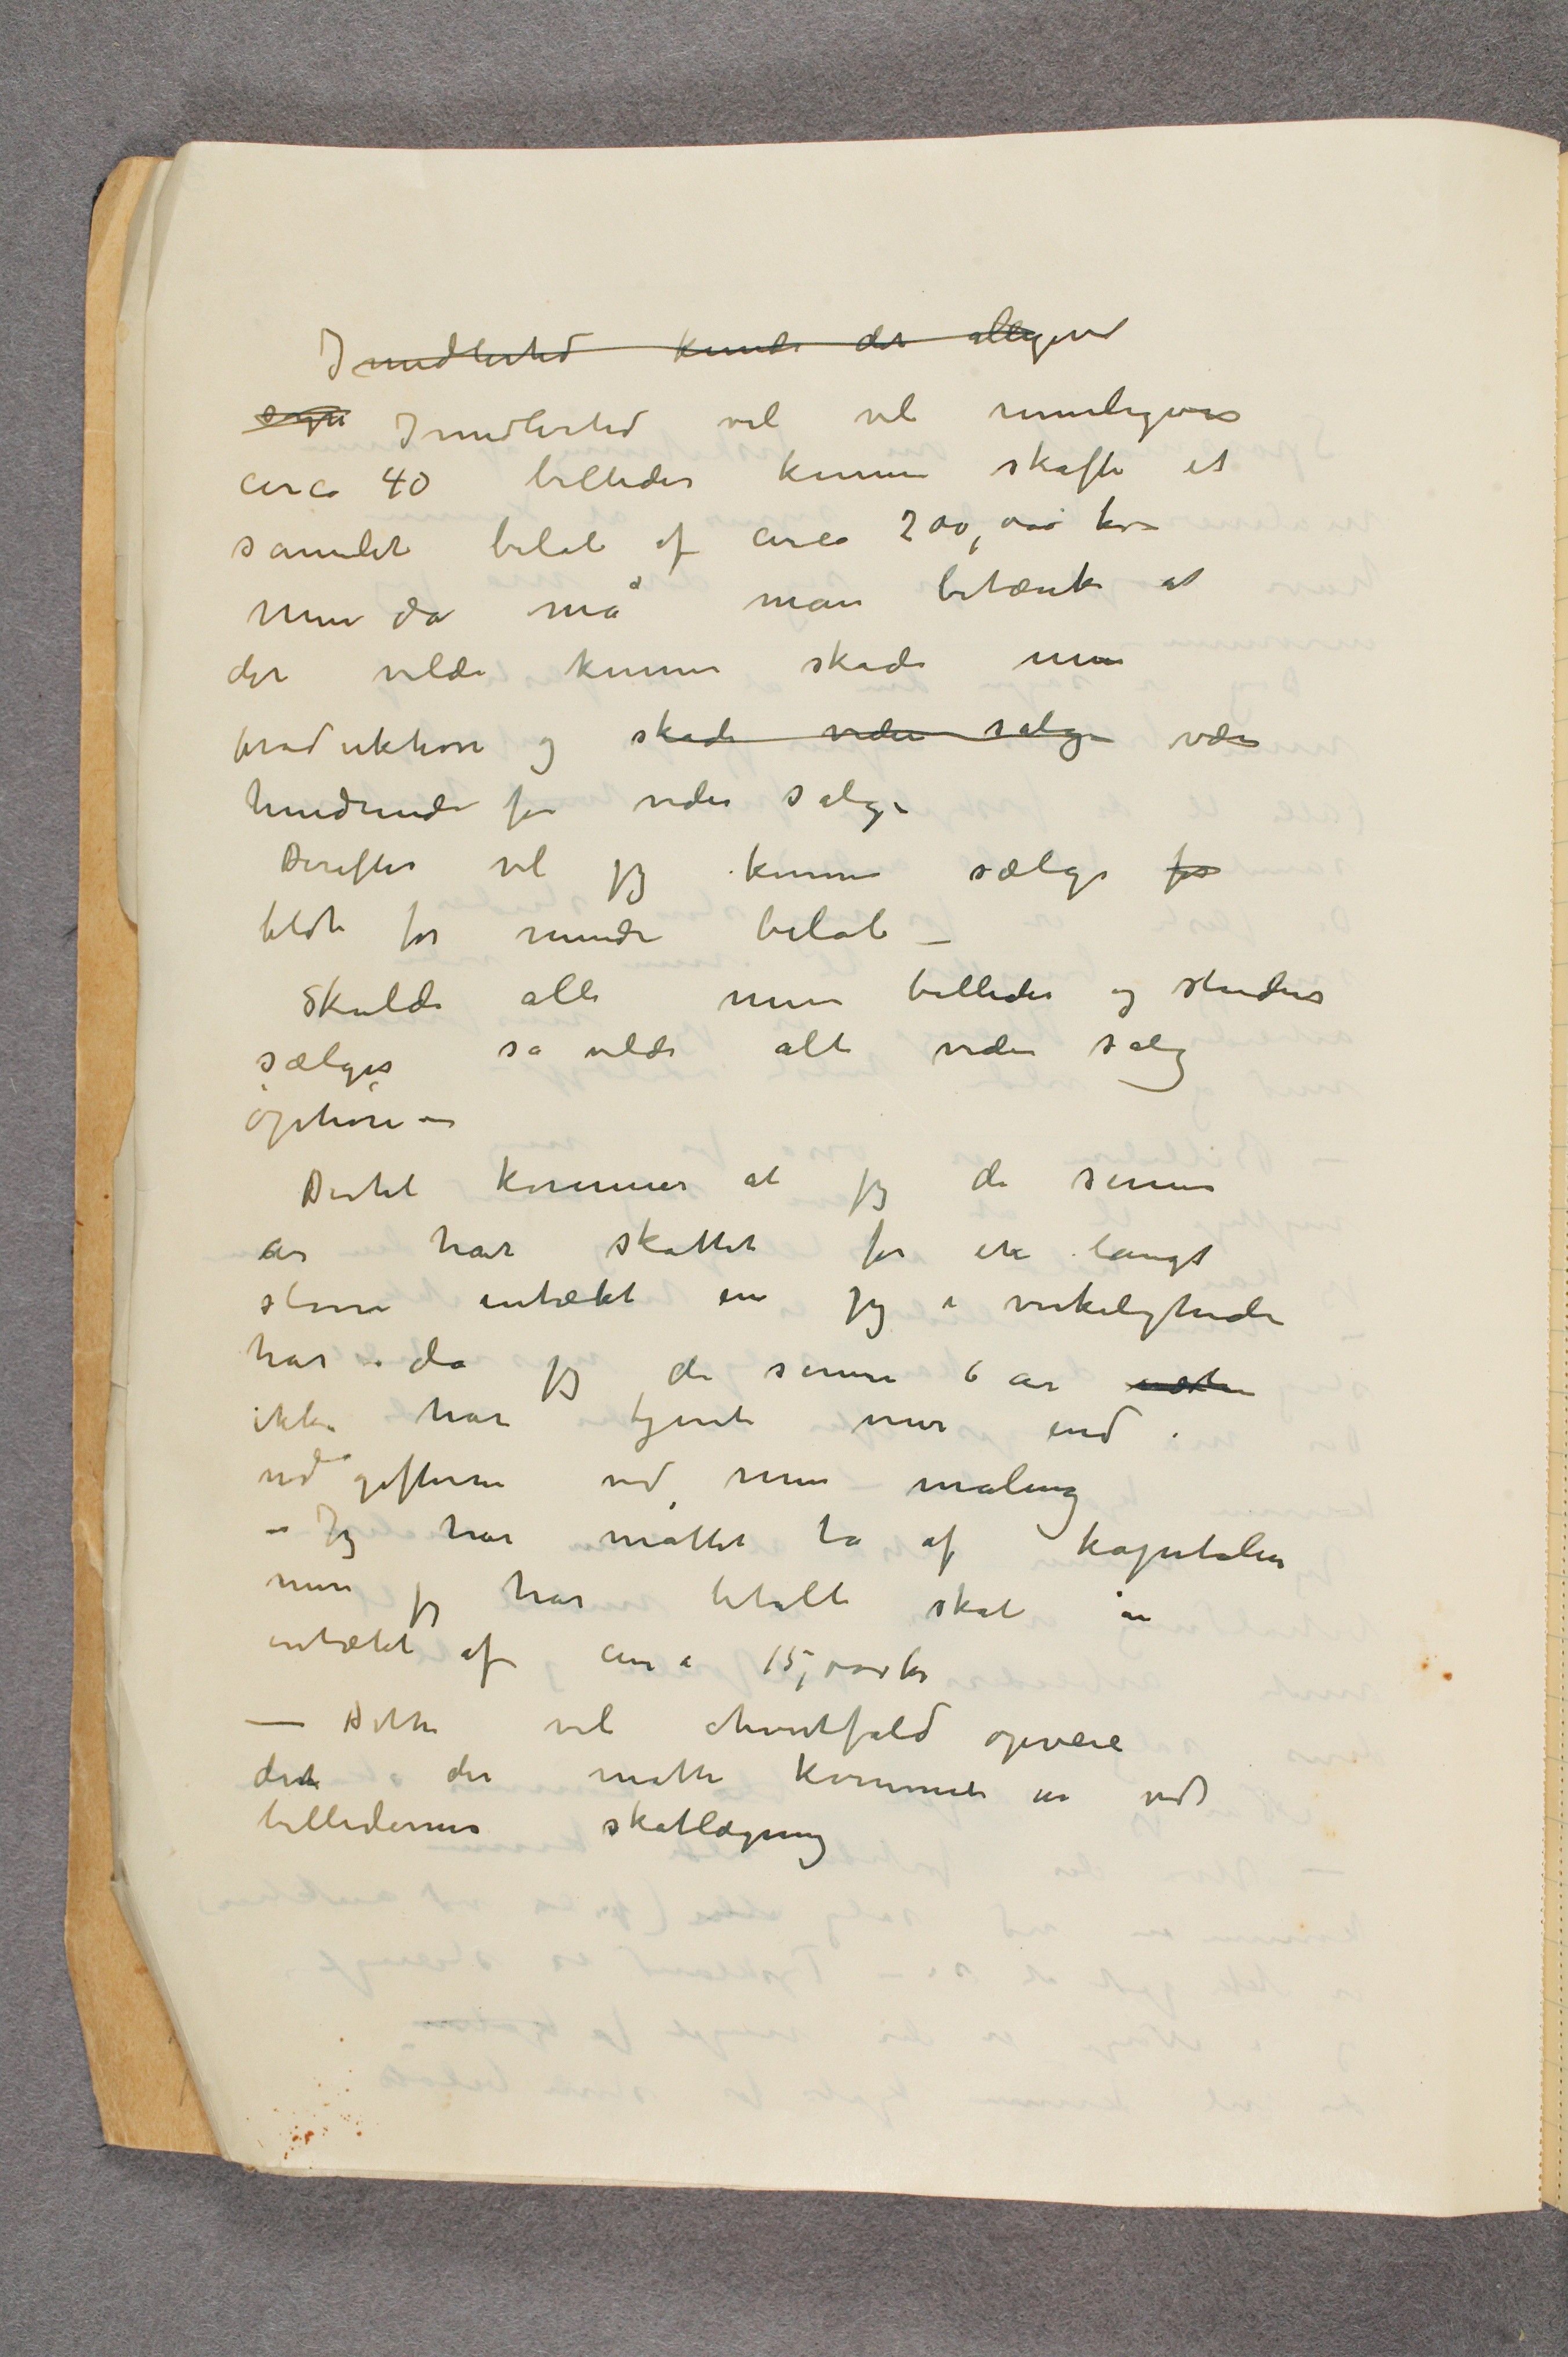
Imidlertid kunde der alligevel
syn Imidlertid vil vel rimeligvis
circa 40 billeder kunne skaffe et
samlet beløb af circa 200,000 kr
Men da må man betænke at
det vilde kunne skade min
produktion og skade videre salg være
hindrende for videre salg –
Derefter vil jeg kunne sælge for
blot for mindre beløb –
Skulde alle mine billeder og studier
sælges så vilde alt videre salg
ophøre –
Dertil kommer at jeg de senere
år har skattet for en langt
større intækt en jeg i virkeligheden
har – da jeg de senere 6 år næsten
ikke har tjent mer end
udgifterne ved min maling
– Jeg har måttet ta af kapitalen
men jeg har betalt skat  … 
intækt af circa 15,000 kr
– Dette vil ihvertfald opveie
det der måtte kommet in ved
billedernes skatlægning